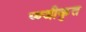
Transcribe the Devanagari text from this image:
प्ण्जीकृत